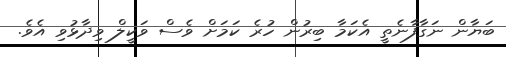
ބަޔާން ނަގާފާނެތީ އެކަމާ ބިރުން ހުރެ ކަމަށް ވެސް ވަކީލް ވިދާޅުވި އެވެ.